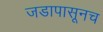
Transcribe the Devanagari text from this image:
जडापासूनच